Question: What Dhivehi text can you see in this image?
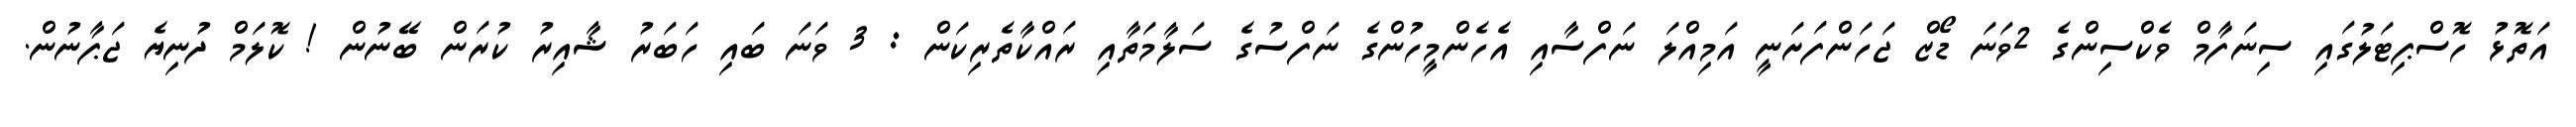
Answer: އަތޮޅު ހޮސްޕިޓަލުގައި ސިނަފާމް ވެކްސިންގެ 2ވަނަ ޑޯޒް ޖަހަންފަށަނީ އަމިއްލަ ނަފްސާއި އެހެންމީހުންގެ ނަފްސުގެ ސަލާމަތާއި ރައްކާތެރިކަން : 3 ވަނަ ބައި ހަބަރު ޝާއިރު ކުރަން ބޭނުން ! ކޮލަމް ދުނިޔެ ޖަޕާނުން.